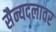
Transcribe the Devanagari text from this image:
सैन्यदलावर